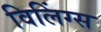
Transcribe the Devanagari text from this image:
विलिंग्स